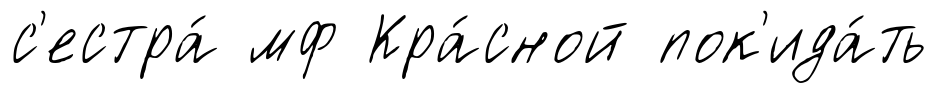
с'естра́ мф Кра́сной пок'ида́ть